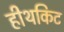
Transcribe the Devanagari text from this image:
हीथकिट